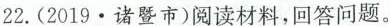
22.(2019 \cdot 诸暨市)阅读材料，回答问题。